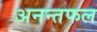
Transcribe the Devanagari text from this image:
अनन्तफल